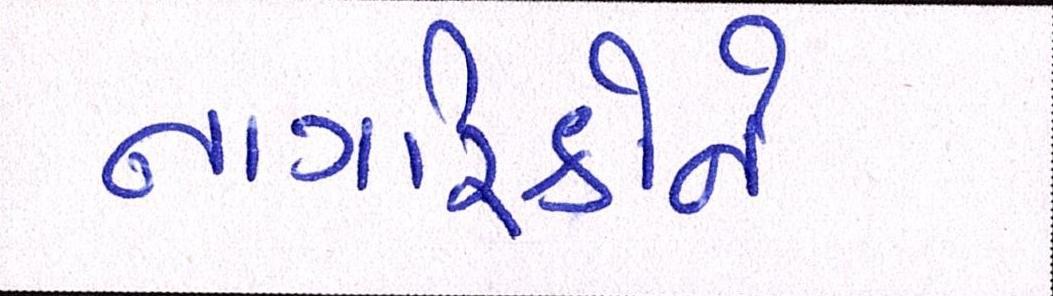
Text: નાગરિકોને